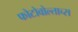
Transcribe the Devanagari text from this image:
फोटोवोल्ताच्स